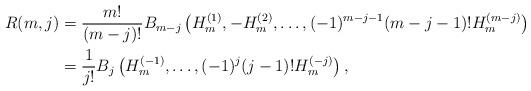
LaTeX: \begin{align*}R(m, j) &= \frac{m!}{(m-j)!}B_{m-j}\left(H_m^{(1)}, -H_m^{(2)},\ldots, (-1)^{m-j-1}(m-j-1)!H_m^{(m-j)}\right)\\&= \frac{1}{j!}B_{j}\left(H_m^{(-1)}, \ldots, (-1)^{j}(j-1)!H_m^{(-j)}\right),\end{align*}